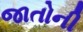
જાતોની